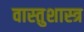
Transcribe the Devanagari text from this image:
वास्‍तुशास्‍त्र